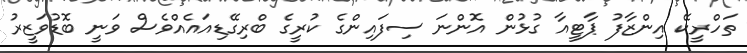
ތަހްރީކޭ އިންޒާފު ޕާޓީއާ ގުޅުން އޮންނަ ސިފައިންގެ ކުރީގެ ބްރިގޭޑިއައެއްވެސް ވަނީ ބޮޑުވަޒީރު